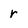
Character: r